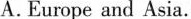
A. Europe and Asia.